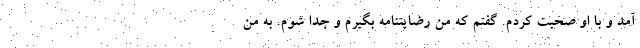
آمد و با او صحبت کردم. گفتم که من رضایتنامه بگیرم و جدا شوم. به من